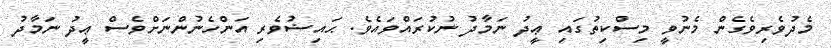
މެދުވެރިވެގެން މެނުވީ މިސްކިތުގައި ޢީދު ނަމާދު ނުކުރައްވައެވެ. ޙައިޟުވެރި އަންހެނުންނަށްވެސް ޢީދު ނަމާދު